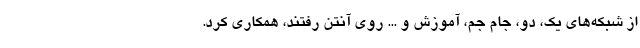
از شبکه‌های یک، دو، جام جم، آموزش و ... روی آنتن رفتند، همکاری کرد.